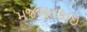
મજબૂતકાઇ